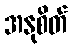
အနုစိတ်